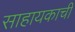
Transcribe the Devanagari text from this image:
साहायकाची